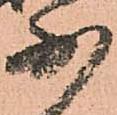
少